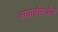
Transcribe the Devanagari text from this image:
आघाडीमधील